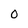
Character: O